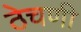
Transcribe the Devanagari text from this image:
ठेचणी